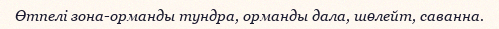
Өтпелі зона-орманды тундра, орманды дала, шөлейт, саванна.